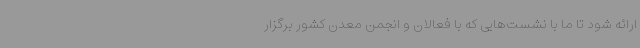
ارائه شود تا ما با نشست‌هایی که با فعالان و انجمن معدن کشور برگزار